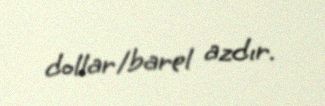
dollar/barel azdır.